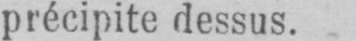
précipite dessus.